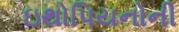
ઇથોપિયનોની